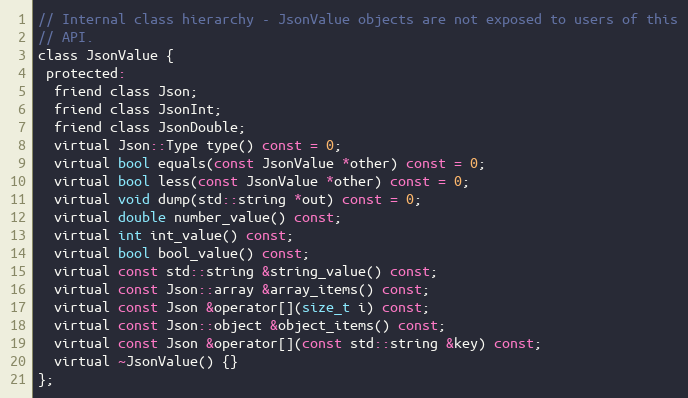
Language: C
// Internal class hierarchy - JsonValue objects are not exposed to users of this
// API.
class JsonValue {
 protected:
  friend class Json;
  friend class JsonInt;
  friend class JsonDouble;
  virtual Json::Type type() const = 0;
  virtual bool equals(const JsonValue *other) const = 0;
  virtual bool less(const JsonValue *other) const = 0;
  virtual void dump(std::string *out) const = 0;
  virtual double number_value() const;
  virtual int int_value() const;
  virtual bool bool_value() const;
  virtual const std::string &string_value() const;
  virtual const Json::array &array_items() const;
  virtual const Json &operator[](size_t i) const;
  virtual const Json::object &object_items() const;
  virtual const Json &operator[](const std::string &key) const;
  virtual ~JsonValue() {}
};